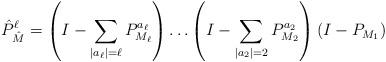
LaTeX: \begin{align*}{\hat P}^\ell_{\hat M}=\left(I-\sum_{|a_\ell|=\ell}P^{a_\ell}_{M_\ell}\right)\dots\left(I-\sum_{|a_2|=2}P^{a_2}_{M_2}\right)(I-P_{M_1})\end{align*}